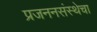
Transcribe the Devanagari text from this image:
प्रजननसंस्थेचा